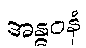
အန္ဓဝနံ